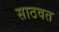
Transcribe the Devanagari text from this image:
साठवत